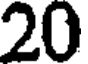
20